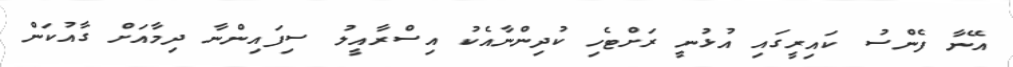
އޭނާ ފެންސު ކައިރީގައި އުޅުނީ ރަށްޓެހި ކުދިންނާއެކު އިސްރާއީލު ސިފައިންނާ ދިމާއަށް ގާއުކަން